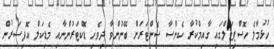
ހުޅުމާލެ ހޮސްޕިޓަލްގައި ގާއިމްކުރާ ކެންސާ ސެންޓަރަށް ބޭނުންވާ ދިވެހި ޑޮކްޓަރުންނާއި މެޑިކަލް އޮފިސަރުން